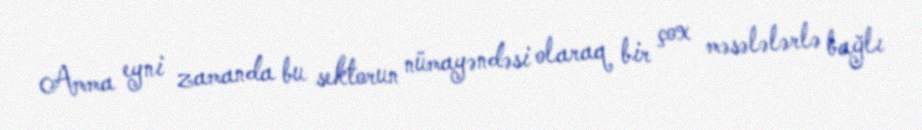
Amma eyni zamanda bu sektorun nümayəndəsi olaraq bir çox məsələlərlə bağlı